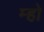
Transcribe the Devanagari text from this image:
म्हो